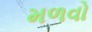
મળવો